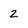
Character: 2